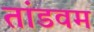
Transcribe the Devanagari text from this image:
तांडवम